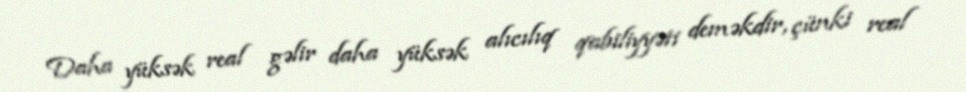
Daha yüksək real gəlir daha yüksək alıcılıq qabiliyyəti deməkdir, çünki real